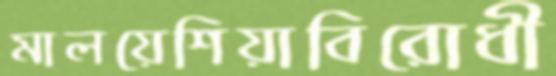
মালয়েশিয়াবিরোধী